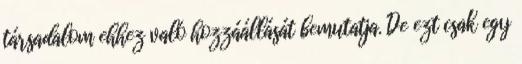
társadalom ehhez való hozzáállását bemutatja. De ezt csak egy